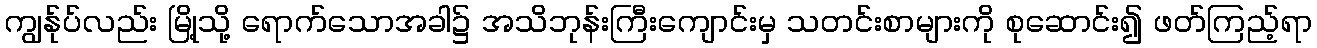
ကျွန်ုပ်လည်း မြို့သို့ ရောက်သောအခါ၌ အသိဘုန်းကြီးကျောင်းမှ သတင်းစာများကို စုဆောင်း၍ ဖတ်ကြည့်ရာ